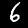
Label: 6